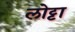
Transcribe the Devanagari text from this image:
लोट्टा